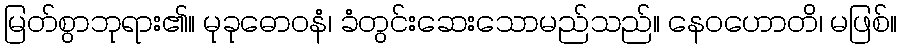
မြတ်စွာဘုရား၏။ မုခုဓောဝနံ၊ ခံတွင်းဆေးသောမည်သည်။ နေဝဟောတိ၊ မဖြစ်။